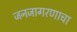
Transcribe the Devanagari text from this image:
जनजागरणाचा